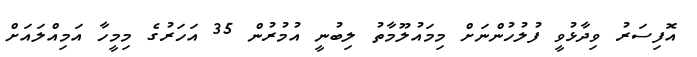
އޮފިސަރު ވިދާޅުވީ ފުލުހުންނަށް މިމައުލޫމާތު ލިބުނީ އުމުރުން 35 އަހަރުގެ މިމީހާ އަމިއްލައަށް